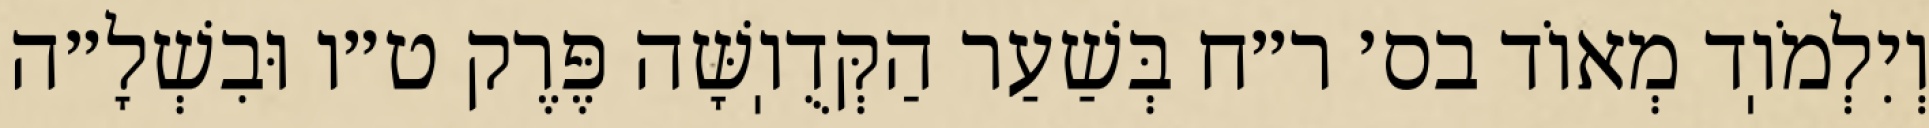
וְיִלְמֹוֽד מְאוֹד בס׳ ר״ח בְּשַׁעַר הַקְּדֻוֽשָּׁה פֶּרֶק ט״ו וּבִשְׁלָ״ה